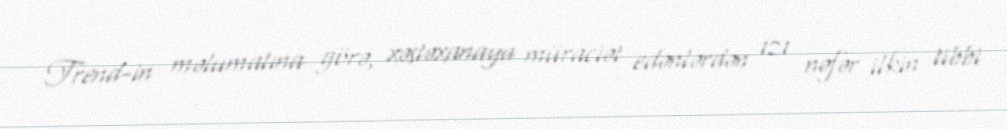
Trend-in məlumatına görə, xəstəxanaya müraciət edənlərdən 121 nəfər ilkin tibbi